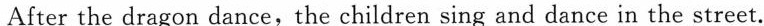
After the dragon dance, the children sing and dance in the street.